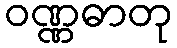
ဝဏ္ဏဓာတု